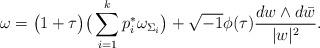
LaTeX: \begin{align*} \omega=\big(1+\tau\big)\big(\sum_{i=1}^{k}p_{i}^{*}\omega_{\Sigma_{i}}\big)+\sqrt{-1}\phi(\tau)\frac{dw\wedge d\bar{w}}{\lvert w\rvert^{2}}.\end{align*}